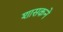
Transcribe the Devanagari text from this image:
शासकने